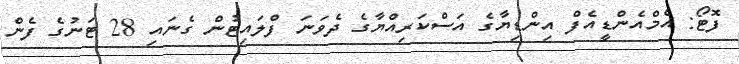
ފޮޓޯ: އެމްއެންޑީއެފް އިންޑިޔާގެ އަސްކަރިއްޔާގެ ދެވަނަ ފްލައިޓުން ގެނައި 28 ޓަނުގެ ފެން